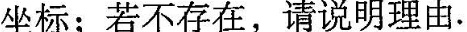
坐标；若不存在，请说明理由。